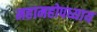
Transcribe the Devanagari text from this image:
महामहोपध्याय